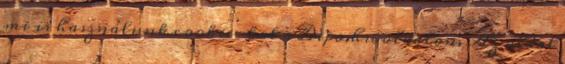
mi is használunk cookie-kat a Depo.hu oldalon. Az oldal